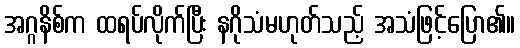
အဂ္ဂနိစ်က ထရပ်လိုက်ပြီး နဂိုသံမဟုတ်သည့် အသံဖြင့်ပြော၏။